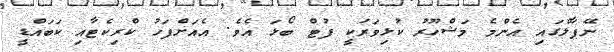
ނޭޕާލްގައި އެންމެ މަޝްހޫރު ކުޅިވަރަކީ ފުޓް ބޯޅަ އެވެ. އެއަށްފަހު ކްރިކެޓާއި ކަބައްޑީ